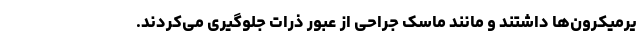
یرمیکرون‌ها داشتند و مانند ماسک جراحی از عبور ذرات جلوگیری می‌کردند.